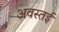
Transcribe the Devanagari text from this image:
अवस्तई